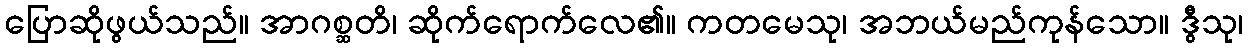
ပြောဆိုဖွယ်သည်။ အာဂစ္ဆတိ၊ ဆိုက်ရောက်လေ၏။ ကတမေသု၊ အဘယ်မည်ကုန်သော။ ဒွီသု၊